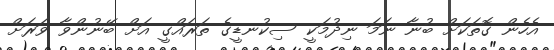
އެހެން ގޮތަކަށް ބުނާ ނަމަ ނިދުމަކީ ސިކުނޑީގެ ތަރައްގީ އަށް ބޭނުންވާ ވަރަށް